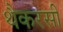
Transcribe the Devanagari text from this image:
थैकरसी